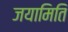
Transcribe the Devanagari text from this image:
जयामिति